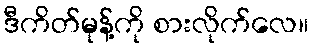
ဒီကိတ်မုန့်ကို စားလိုက်လေ။